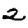
Digit: 2